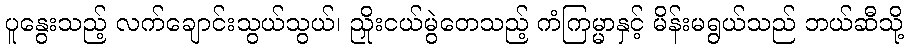
ပူနွေးသည့် လက်ချောင်းသွယ်သွယ်၊ ညှိုးငယ်မွဲတေသည့် ကံကြမ္မာနှင့် မိန်းမရွယ်သည် ဘယ်ဆီသို့